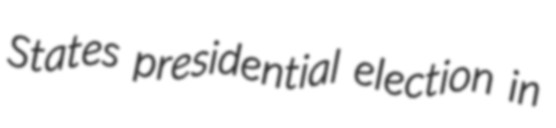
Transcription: States presidential election in